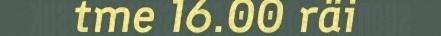
tme 16.00 räi